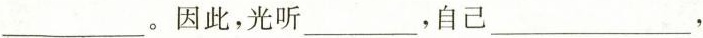
___。因此，光听___，自己___，